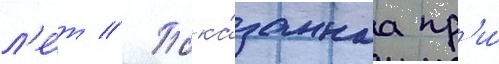
л'е́т // Пока́заннаа пр'и́